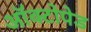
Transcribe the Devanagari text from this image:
ऑक्टोपेड